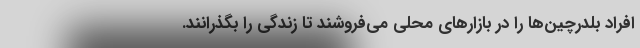
افراد بلدرچین‌ها را در بازارهای محلی می‌فروشند تا زندگی را بگذرانند.